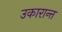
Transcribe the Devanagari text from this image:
उकारान्त